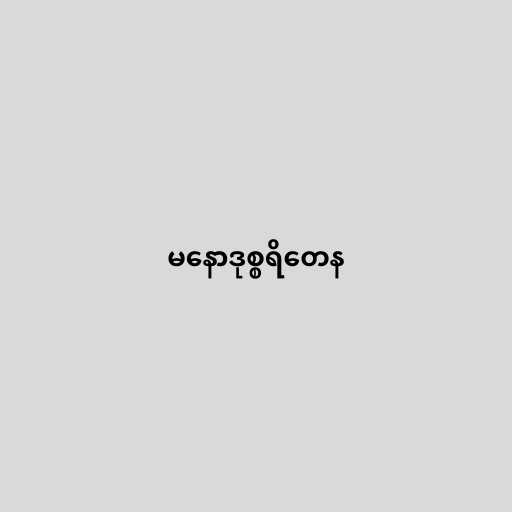
မနောဒုစ္စရိတေန